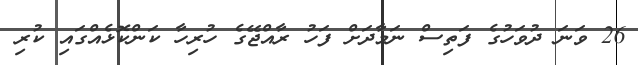
26 ވަނަ ދުވަހުގެ ފަތިސް ނަމާދަށް ފަހު ރާއްޖޭގެ ހުރިހާ ކަންކޮޅެއްގައި ކުރި